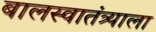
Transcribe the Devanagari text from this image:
बालस्वातंत्र्याला